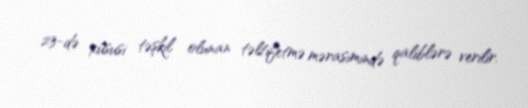
23-də xüsusi təşkil olunan təltifetmə mərasimində qaliblərə verilir.